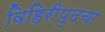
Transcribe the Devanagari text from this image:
विहिरीपुढचा